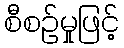
စီစဉ်မှုဖြင့်